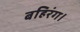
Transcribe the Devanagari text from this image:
बहिरंग।